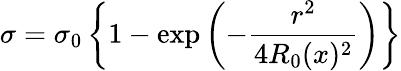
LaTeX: \sigma=\sigma_{0}\left\{ 1-\exp\left(-\frac{r^{2}}{4R_{0}(x)^{2}}\right)\right\}